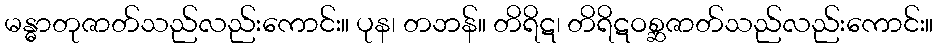
မန္ဓာတုဇာတ်သည်လည်းကောင်း။ ပုန၊ တဘန်။ တိရိဋ၊ တိရိဋဝစ္ဆဇာတ်သည်လည်းကောင်း။